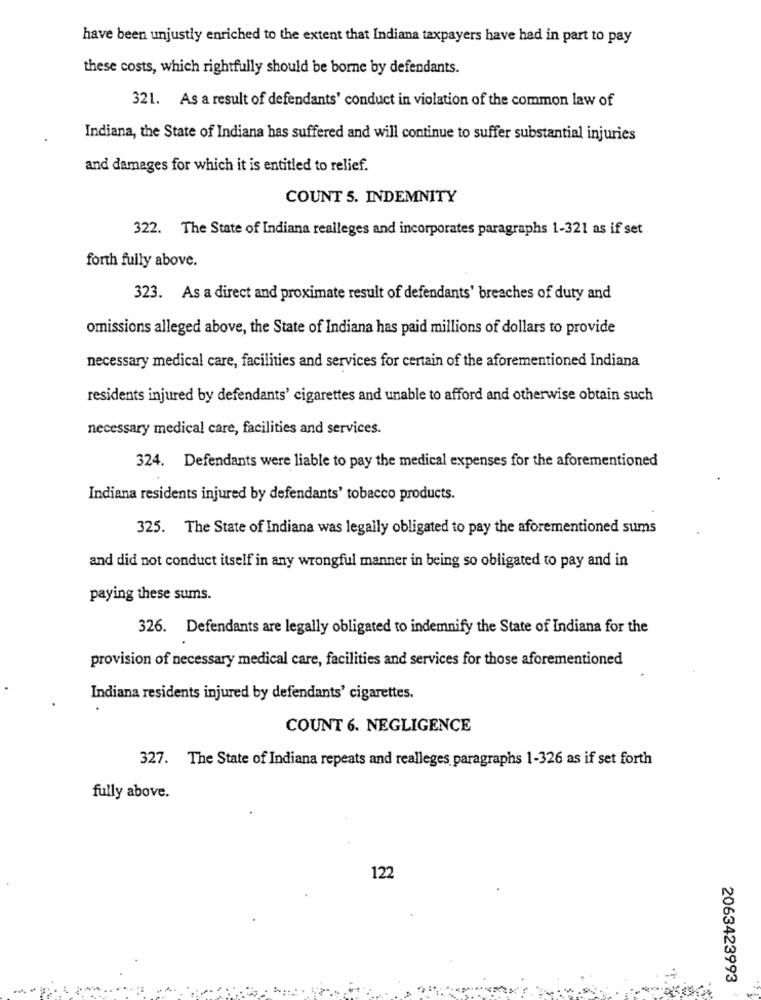
have been unjustly enriched to the extent that Indiana taxpayers have had in part to pay
these costs, which rightfully should be borne by defendants.
321. As a result of defendants' conduct in violation of the common law of
Indiana, the State of Indiana has suffered and will continue to suffer substantial injuries
and damages for which it is entitled to relief.
COUNT 5. INDEMNITY
322. The State of Indiana realleges and incorporates paragraphs 1-321 as if set
forth fully above.
323. As a direct and proximate result of defendants' breaches of duty and
omissions alleged above, the State of Indiana has paid millions of dollars to provide
necessary medical care, facilities and services for certain of the aforementioned Indiana
residents injured by defendants' cigarettes and unable to afford and otherwise obtain such
necessary medical care, facilities and services.
324. Defendants were liable to pay the medical expenses for the aforementioned
Indiana residents injured by defendants' tobacco products.
325. The State of Indiana was legally obligated to pay the aforementioned sums
and did not conduct itself in any wrongful manner in being so obligated to pay and in
paying these sums.
326. Defendants are legally obligated to indemnify the State of Indiana for the
provision of necessary medical care, facilities and services for those aforementioned
Indiana residents injured by defendants' cigarettes.
COUNT 6. NEGLIGENCE
327. The State of Indiana repeats and realleges paragraphs 1-326 as if set forth
fully above.
122
2063423993